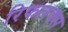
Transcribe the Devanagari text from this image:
रिफलक्स